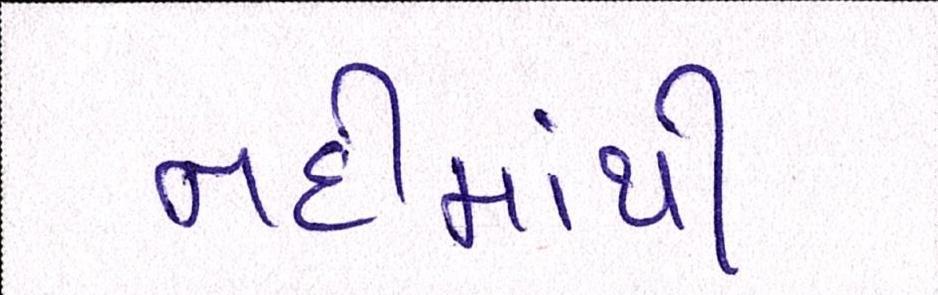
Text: નદીમાંથી